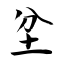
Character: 坌